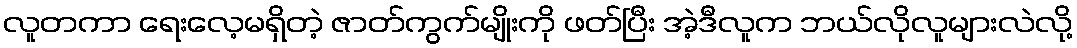
လူတကာ ရေးလေ့မရှိတဲ့ ဇာတ်ကွက်မျိုးကို ဖတ်ပြီး အဲ့ဒီလူက ဘယ်လိုလူများလဲလို့